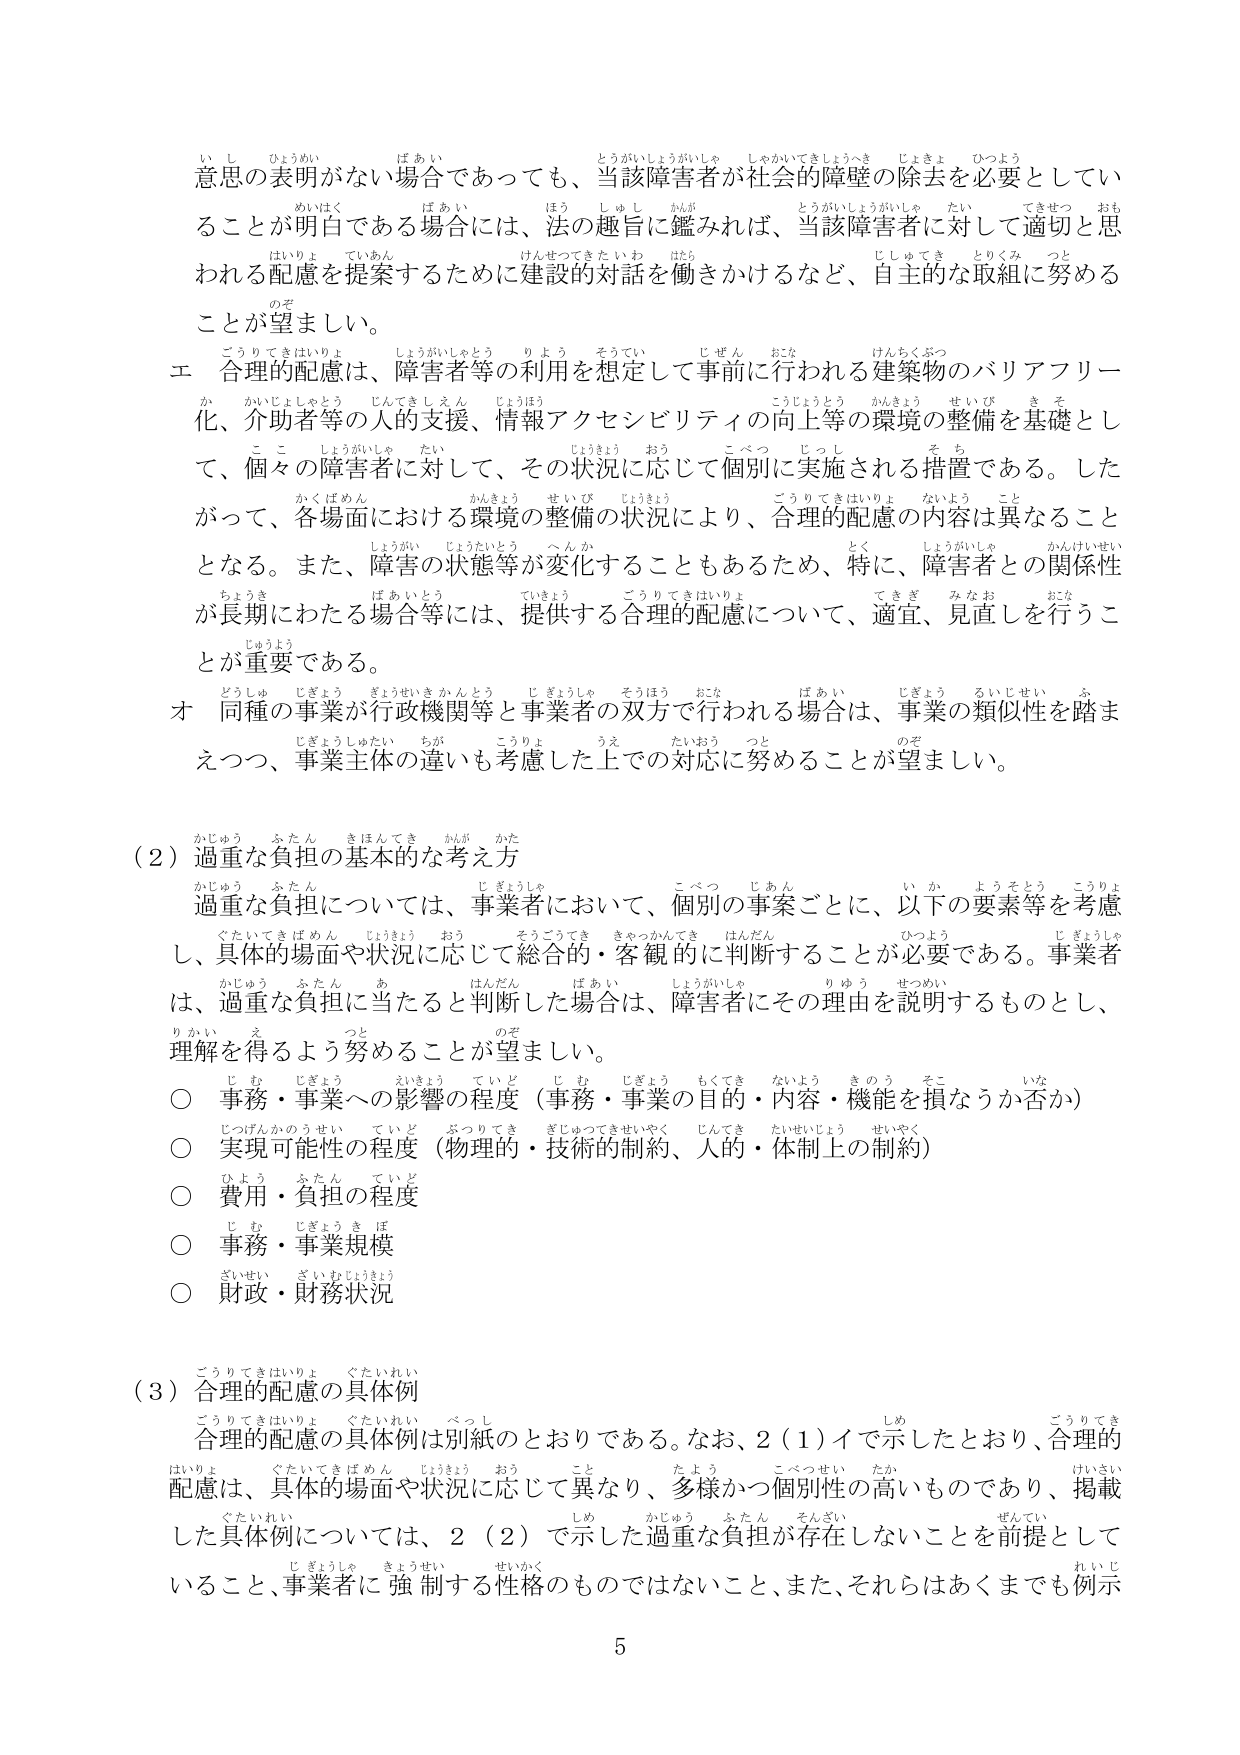
意思の表明がない場合であっても、当該障害者が社会的障壁の除去を必要としていることが明白である場合には、法の趣旨に鑑みれば、当該障害者に対して適切と思われる配慮を提案するために建設的対話を働きかけるなど、自主的な取組に努めることが望ましい。

エ 合理的配慮は、障害者等の利用を想定して事前に行われる建築物のバリアフリー化、介助者等の人的支援、情報アクセシビリティの向上等の環境の整備を基礎として、個々の障害者に対して、その状況に応じて個別に実施される措置である。したがって、各場面における環境の整備の状況により、合理的配慮の内容は異なることとなる。また、障害の状態等が変化することもあるため、特に、障害者との関係性が長期にわたる場合等には、提供する合理的配慮について、適宜、見直しを行うことが重要である。

オ 同種の事業が行政機関等と事業者の双方で行われる場合は、事業の類似性を踏まえつつ、事業主体の違いも考慮した上での対応に努めることが望ましい。

（２）過重な負担の基本的な考え方

過重な負担については、事業者において、個別の事案ごとに、以下の要素等を考慮し、具体の場面や状況に応じて総合的・客観的に判断することが必要である。事業者は、過重な負担に当たると判断した場合は、障害者にその理由を説明するものとし、理解を得よう努めることが望ましい。

○ 事務・事業への影響の程度（事務・事業の目的・内容・機能を損なうか否か）
○ 実現可能性の程度（物理的・技術的制約、人的・体制上の制約）
○ 費用・負担の程度
○ 事務・事業規模
○ 財政・財務状況

（３）合理的配慮の具体例

合理的配慮の具体例は別紙のとおりである。なお、2（1）イで示したとおり、合理的配慮は、具体的場面や状況に応じて異なり、多様かつ個別性の高いものであり、掲載した具体例については、2（2）で示した過重な負担が存在しないことを前提としていること、事業者に強制する性格のものではないこと、また、それらはあくまでも例示

5